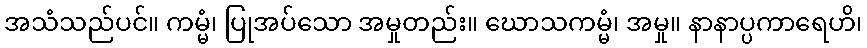
အသံသည်ပင်။ ကမ္မံ၊ ပြုအပ်သော အမှုတည်း။ ဃောသကမ္မံ၊ အမှု။ နာနာပ္ပကာရေဟိ၊